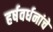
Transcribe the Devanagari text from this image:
हर्षवर्धनांचे